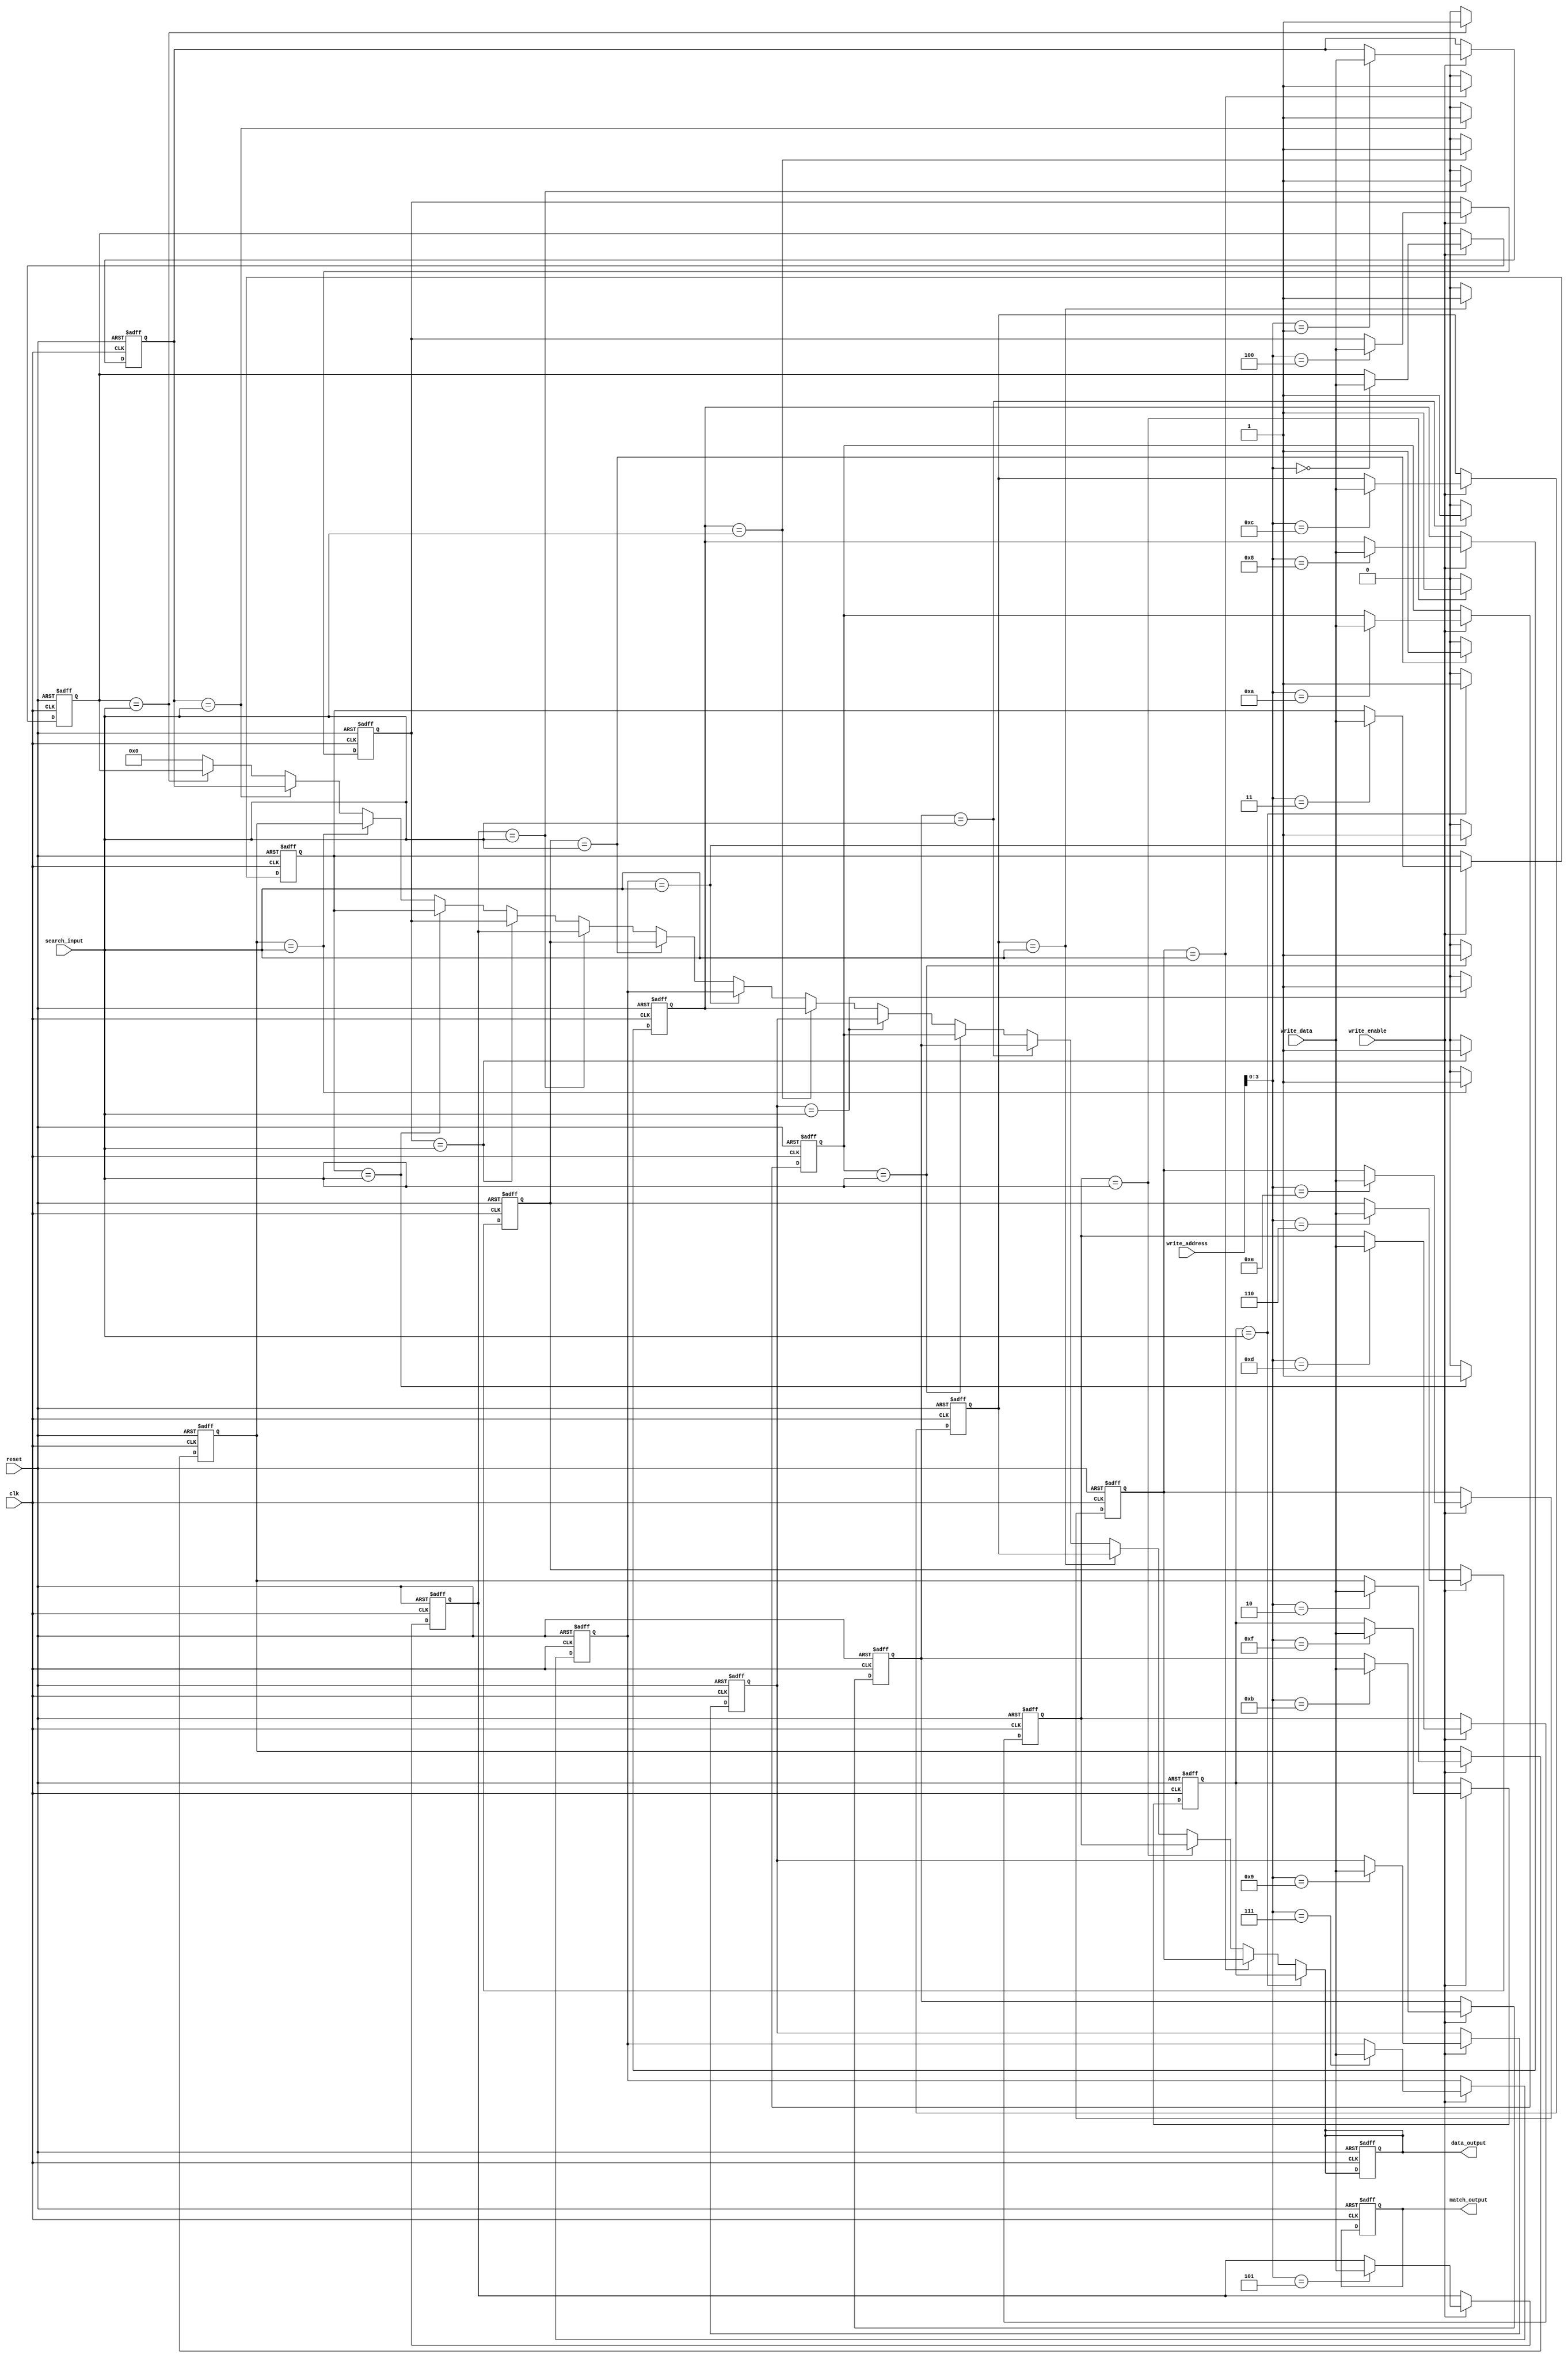
module CAM #(parameter DATA_WIDTH = 8, // Width of each data entry
              parameter WORD_DEPTH = 16  // Number of entries in the CAM
             ) (
    input                  clk,               // Clock signal
    input                  reset,             // Reset signal
    input  [DATA_WIDTH-1:0] search_input,     // Input data to search
    input                  write_enable,      // Write enable signal
    input  [DATA_WIDTH-1:0] write_data,       // Data to write
    input  [WORD_DEPTH-1:0] write_address,    // Address of the entry to write
    output reg [WORD_DEPTH-1:0] match_output, // Output indicating matched entry
    output reg [DATA_WIDTH-1:0] data_output    // Data output from the matched entry
);

// Memory array to store CAM entries
reg [DATA_WIDTH-1:0] cam_array [0:WORD_DEPTH-1];

integer i;

// Reset or write data to CAM on the rising edge of clock
always @(posedge clk or posedge reset) begin
    if (reset) begin
        // Clear the CAM entries on reset
        for (i = 0; i < WORD_DEPTH; i = i + 1) begin
            cam_array[i] <= {DATA_WIDTH{1'b0}};
        end
        match_output <= {WORD_DEPTH{1'b0}};
        data_output <= {DATA_WIDTH{1'b0}};
    end else if (write_enable) begin
        // Write data to the specified address
        cam_array[write_address] <= write_data;
    end
end

// Search mechanism - Compare search_input with all CAM entries
always @(*) begin
    // Initialize match output to zero
    match_output = {WORD_DEPTH{1'b0}};
    data_output = {DATA_WIDTH{1'b0}};
    
    for (i = 0; i < WORD_DEPTH; i = i + 1) begin
        if (cam_array[i] == search_input) begin
            // Check for matches
            match_output[i] = 1'b1; // Indicate a match
            data_output = cam_array[i]; // Capture the associated data
            // Uncomment the next line if you want only the first match
            // break; // Uncomment this for early exit on first match found
        end
    end
end

endmodule